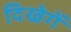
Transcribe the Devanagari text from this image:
दिखेगें